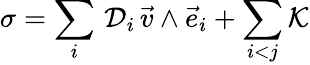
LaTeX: \sigma=\sum_{i}\, {\cal D}_{i}\, {\vec{v}}\wedge{\vec{e}}_{i}+\sum_{i<j}{\cal K}